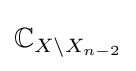
\mathbb {C} _{X\setminus X_{n-2}}